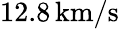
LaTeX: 12.8\, \mathrm{km/s}